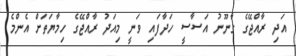
އަދި ރާއްޖޭގެ ގާނޫނު އަސާސީ ހަދާފައި ވަނީ މިއަދު ރާއްޖޭގެ ހިމާޔަތަށް އެންމެ